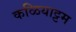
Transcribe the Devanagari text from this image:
कळियाट्टम